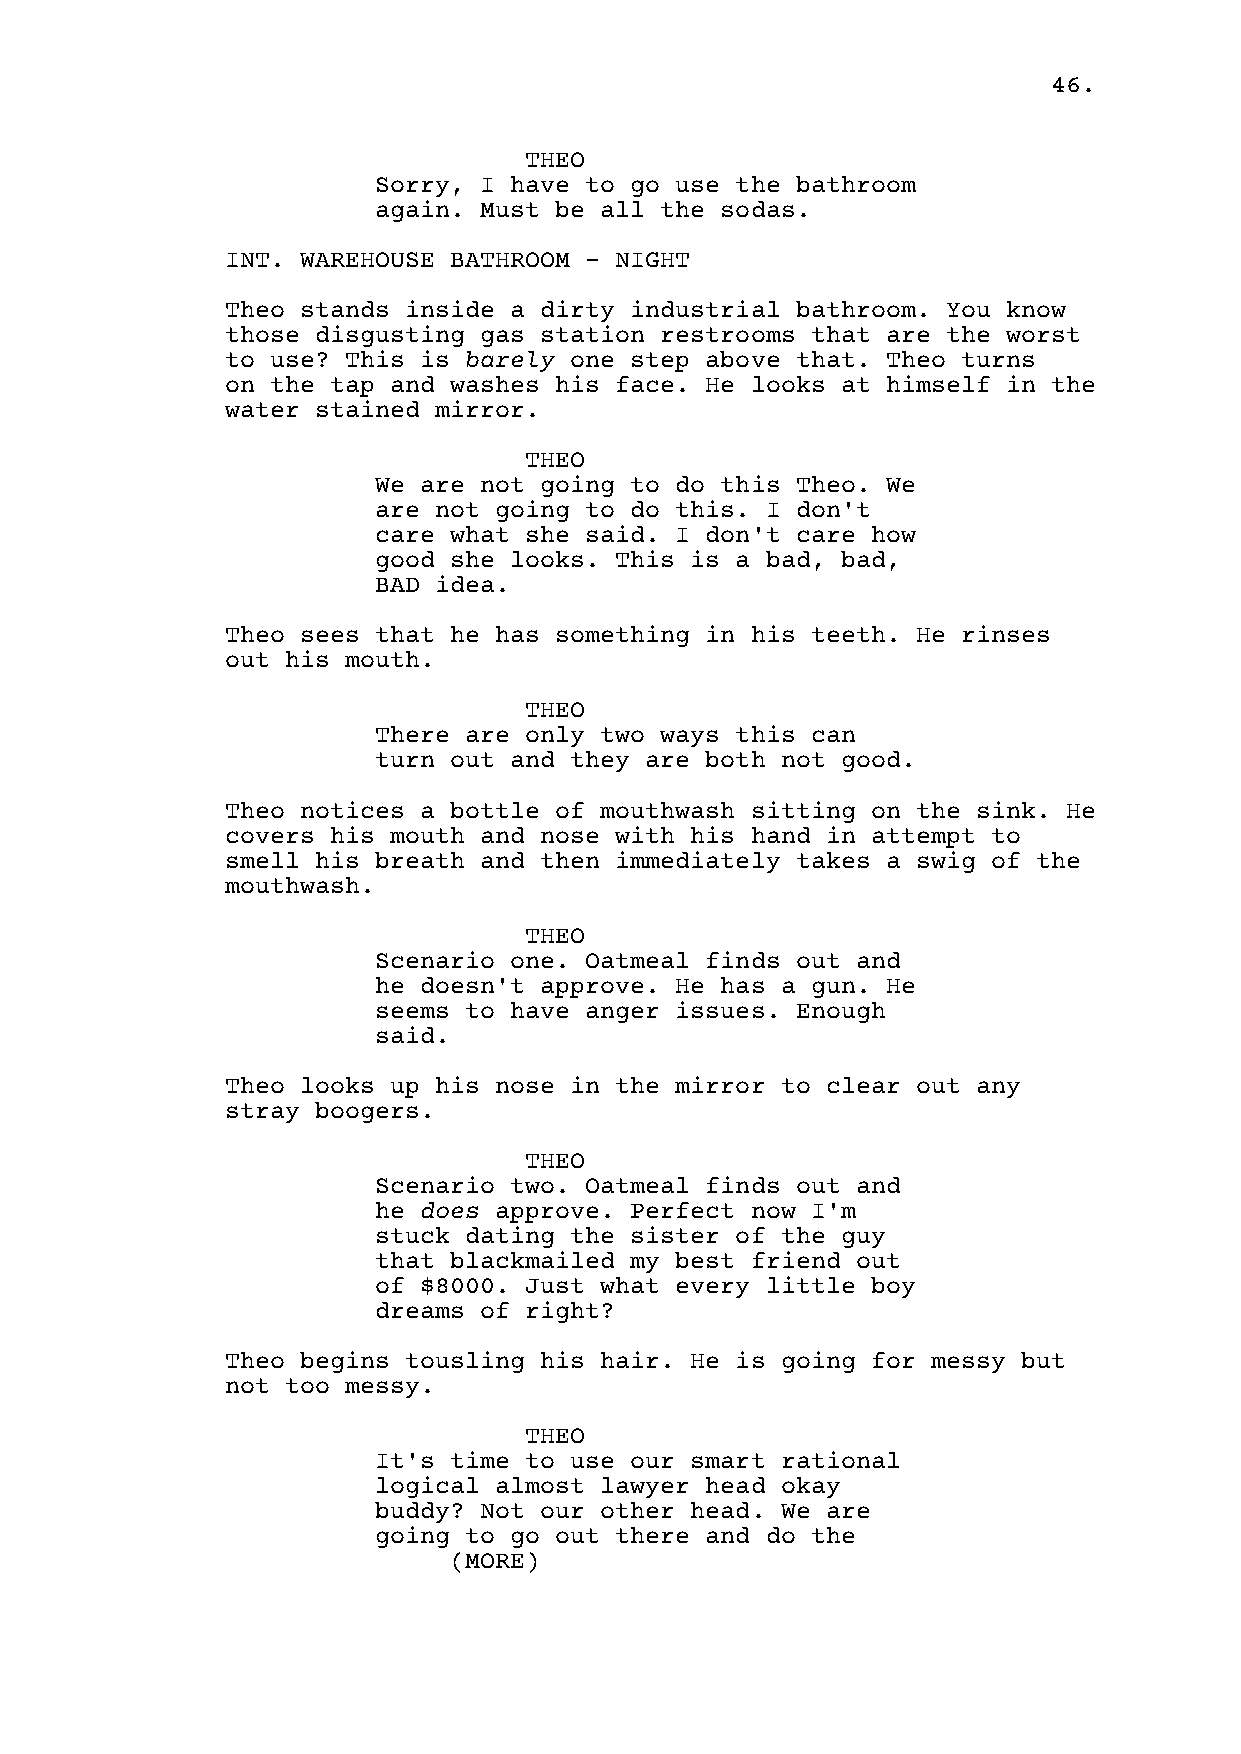
46.
 THEO
 Sorry, I have to go use the bathroom
 again. Must be all the sodas.
 INT. WAREHOUSE BATHROOM - NIGHT
 Theo stands inside a dirty industrial bathroom. You know
 those disgusting gas station restrooms that are the worst
 to use? This is barely one step above that. Theo turns
 on the tap and washes his face. He looks at himself in the
 water stained mirror.
 THEO
 We are not going to do this Theo. We
 are not going to do this. I don't
 care what she said. I don't care how
 good she looks. This is a bad, bad,
 BAD idea.
 Theo sees that he has something in his teeth. He rinses
 out his mouth.
 THEO
 There are only two ways this can
 turn out and they are both not good.
 Theo notices a bottle of mouthwash sitting on the sink. He
 covers his mouth and nose with his hand in attempt to
 smell his breath and then immediately takes a swig of the
 mouthwash.
 THEO
 Scenario one. Oatmeal finds out and
 he doesn't approve. He has a gun. He
 seems to have anger issues. Enough
 said.
 Theo looks up his nose in the mirror to clear out any
 stray boogers.
 THEO
 Scenario two. Oatmeal finds out and
 he does approve. Perfect now I'm
 stuck dating the sister of the guy
 that blackmailed my best friend out
 of $8000. Just what every little boy
 dreams of right?
 Theo begins tousling his hair. He is going for messy but
 not too messy.
 THEO
 It's time to use our smart rational
 logical almost lawyer head okay
 buddy? Not our other head. We are
 going to go out there and do the
 (MORE)